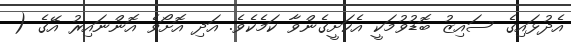
އެދުޅައިގެ ސައިޒު ބޮޑުވުމަކީ އެކަށީގެންވާ ކަމެކެވެ. އަދި އޮށޯވެ އޮންނައިރު އޭގެ (